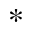
^ *